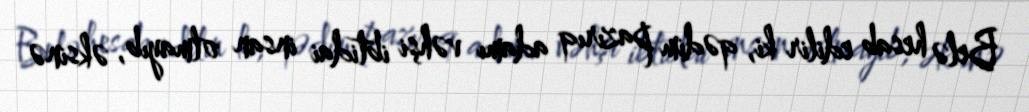
Belə hesab edilir ki, qədim pazırıq adamı vəhşi ibtidai insan olmayıb, əksinə